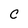
Character: c